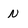
Character: N